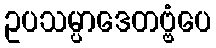
ဥပသမ္ပာဒေတဗ္ဗံပေ